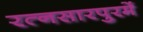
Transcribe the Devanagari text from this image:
रत्नसारपुरमें